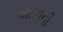
વાદળની